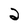
Character: 2